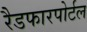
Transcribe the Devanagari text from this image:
रैडफारपोर्टल